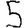
Digit: 5